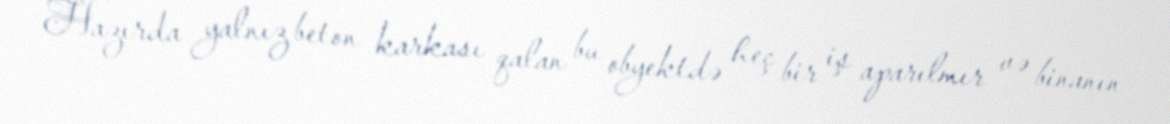
Hazırda yalnız beton karkası qalan bu obyektdə heç bir iş aparılmır və binanın